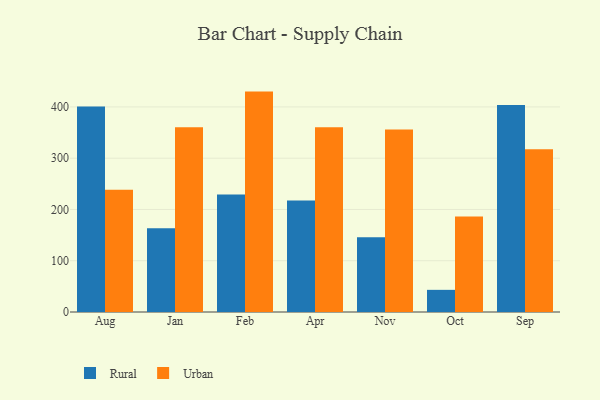
{"axis": {"x": "Month", "y": "Waste Production (Tons)"}, "legend": ["Rural", "Urban"], "data": [{"x": "Aug", "y": 400.6, "type": "Rural"}, {"x": "Aug", "y": 238.6, "type": "Urban"}, {"x": "Jan", "y": 163.2, "type": "Rural"}, {"x": "Jan", "y": 360.5, "type": "Urban"}, {"x": "Feb", "y": 229.4, "type": "Rural"}, {"x": "Feb", "y": 429.9, "type": "Urban"}, {"x": "Apr", "y": 217.4, "type": "Rural"}, {"x": "Apr", "y": 360.6, "type": "Urban"}, {"x": "Nov", "y": 145.9, "type": "Rural"}, {"x": "Nov", "y": 355.8, "type": "Urban"}, {"x": "Oct", "y": 43.2, "type": "Rural"}, {"x": "Oct", "y": 186.1, "type": "Urban"}, {"x": "Sep", "y": 403.6, "type": "Rural"}, {"x": "Sep", "y": 317.6, "type": "Urban"}]}